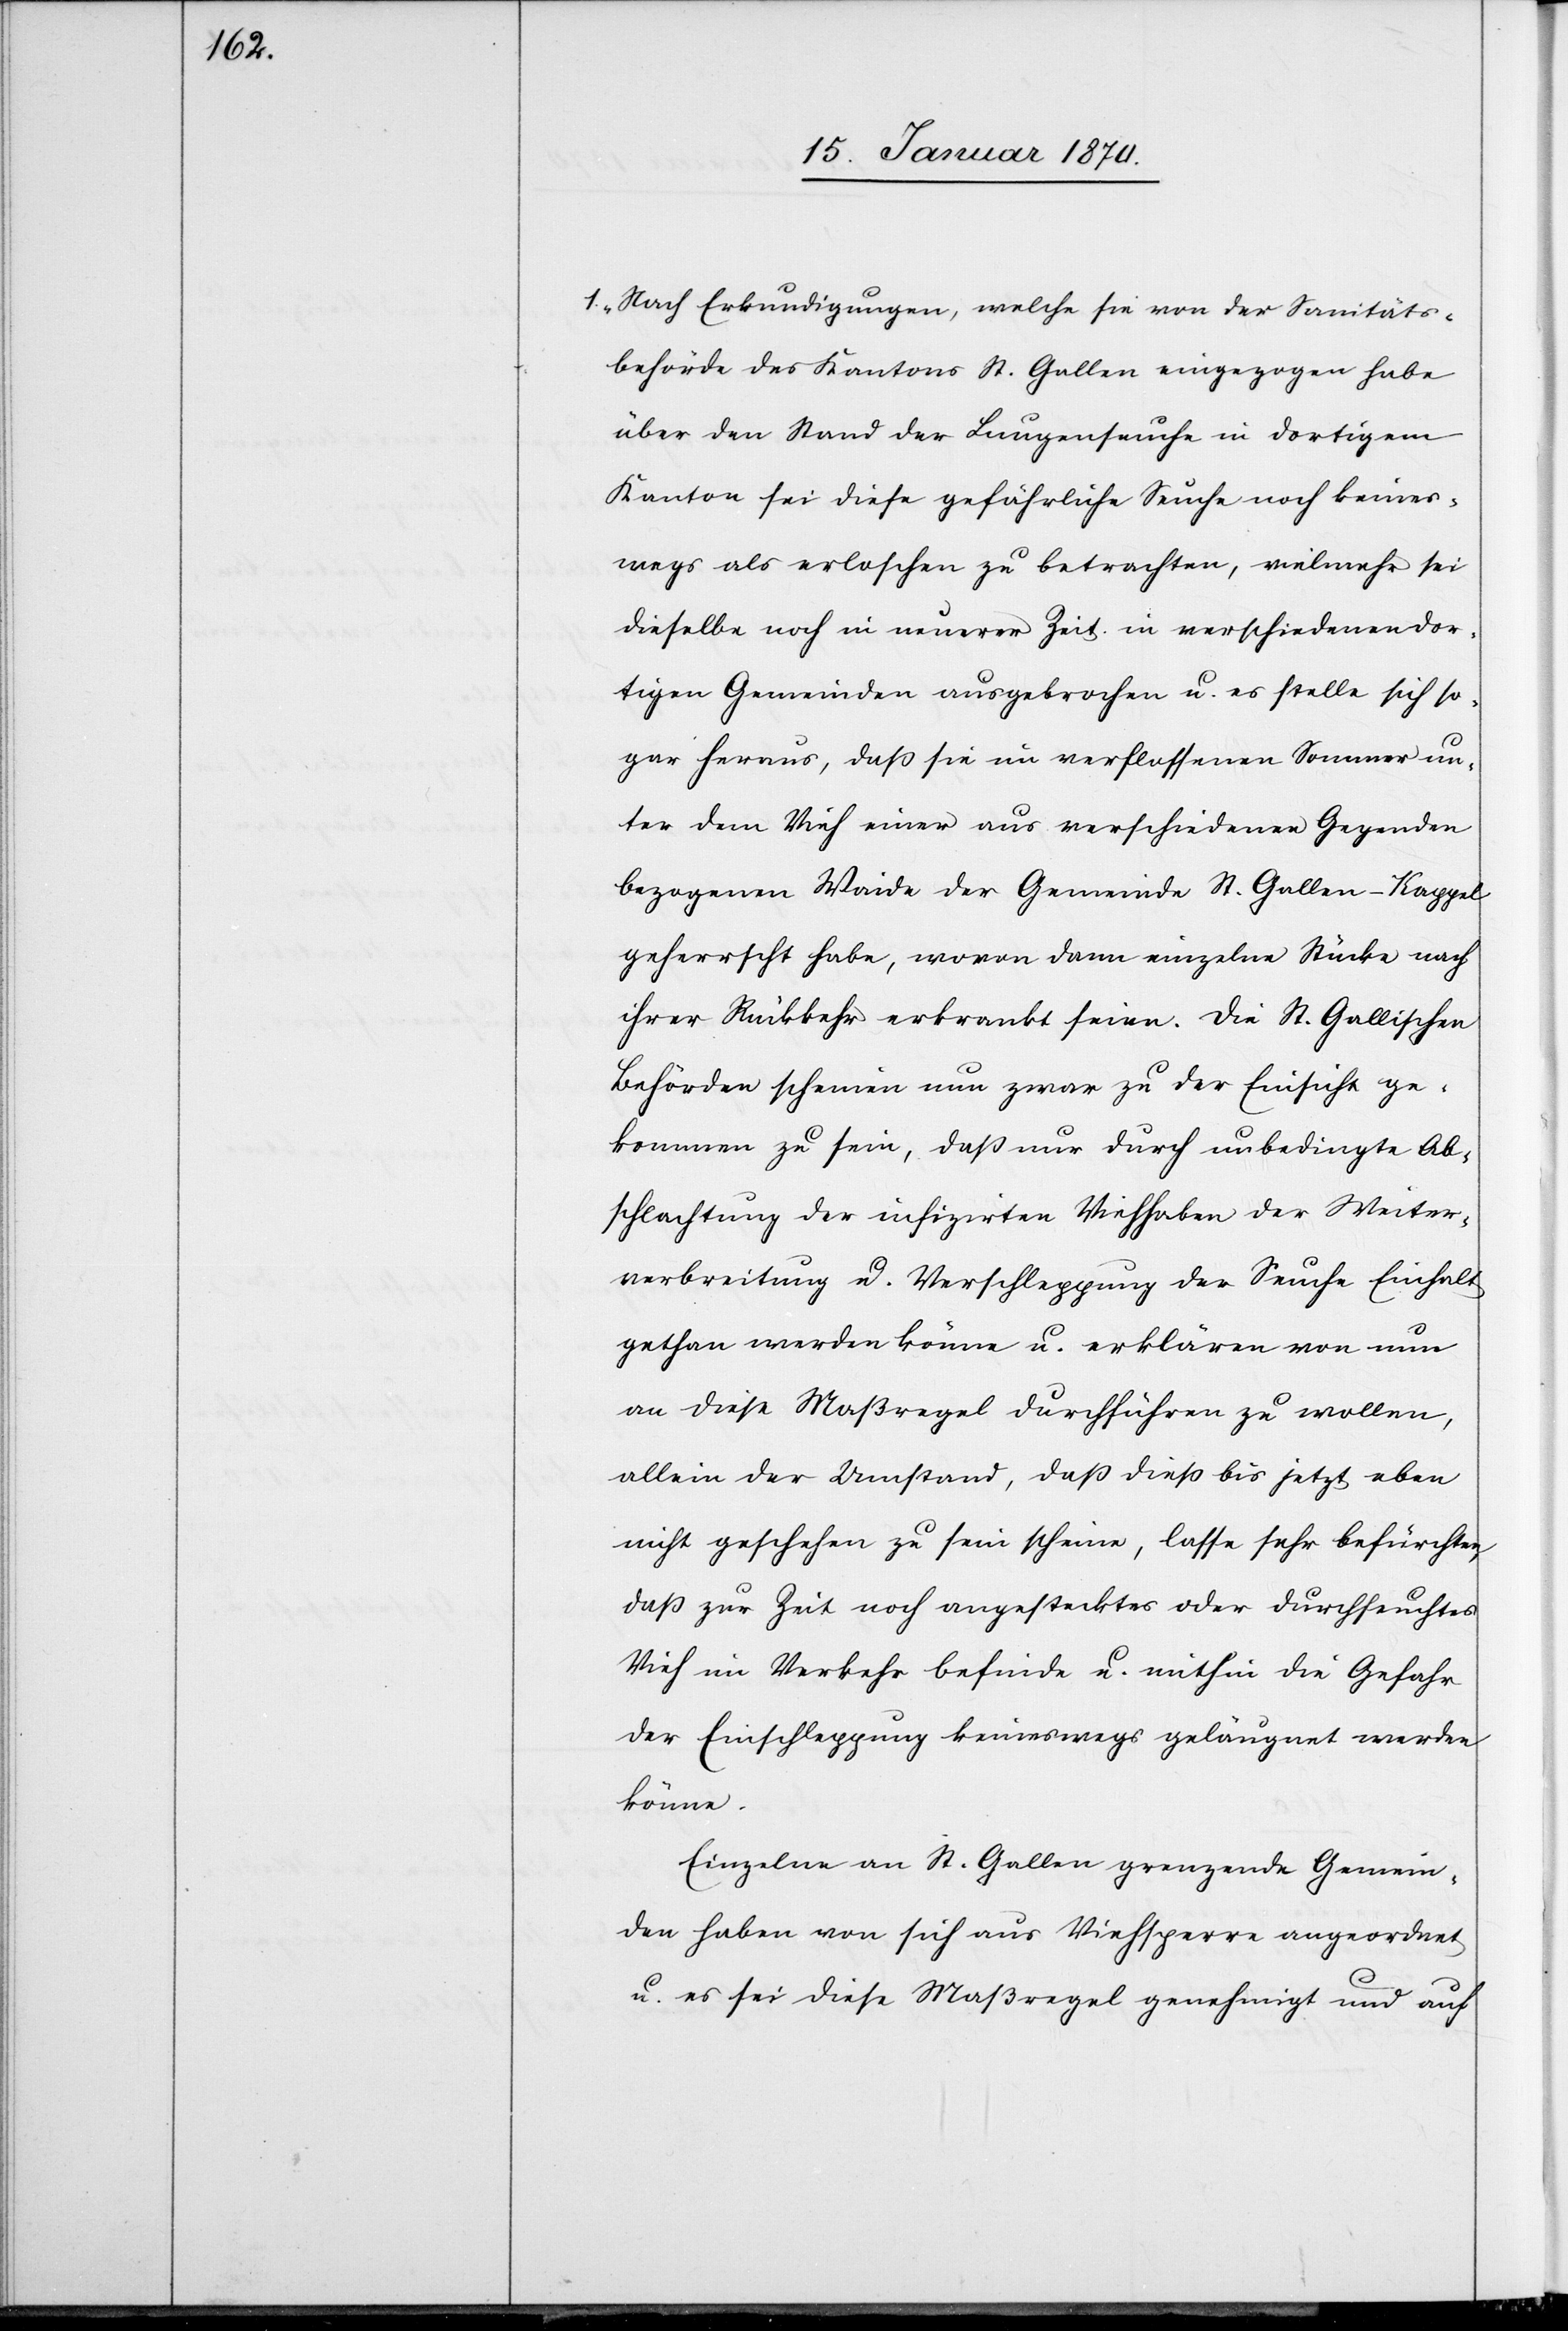
1. „Nach Erkundigungen, welche sie von der Sanitäts¬
behörde des Kantons St. Gallen eingezogen habe
über den Stand der Lungenseuche in dortigem
Kanton sei diese gefährliche Seuche noch keines¬
wegs als erloschen zu betrachten, vielmehr sei
dieselbe noch in neuerer Zeit in verschiedenen dor¬
tigen Gemeinden ausgebrochen u. es stelle sich so¬
gar heraus, daß sie im verflossenen Sommer un¬
ter dem Vieh einer aus verschiedenen Gegenden
bezogenen Waide der Gemeinde St. Gallen-Kappel
geherrscht habe, wovon dann einzelne Stücke nach
ihrer Rückkehr erkrankt seien. Die St. Gallischen
Behörden scheinen nun zwar zu der Einsicht ge¬
kommen zu sein, daß nur durch unbedingte Ab¬
schlachtung der infizirten Viehhaben der Weiter¬
verbreitung u. Verschleppung der Seuche Einhalt
gethan werden könne u. erklären von nun
an diese Maßregel durchführen zu wollen,
allein der Umstand, daß dieß bis jetzt eben
nicht geschehen zu sein scheine, lasse sehr befürchten,
daß zur Zeit noch angestecktes oder durchseuchtes
Vieh im Verkehr befinde u. mithin die Gefahr
der Einschleppung keineswegs geläugnet werden
könne.
Einzelne an St. Gallen grenzende Gemein¬
den haben von sich aus Viehsperre angeordnet
u. es sei diese Maßregel genehmigt und auf